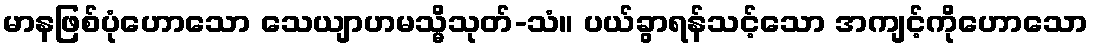
မာနဖြစ်ပုံဟောသော သေယျာဟမသ္မိသုတ်-သံ။ ပယ်ခွာရန်သင့်သော အကျင့်ကိုဟောသော